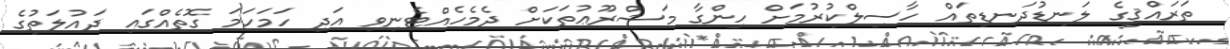
ތަރައްޤީގެ ލަނޑުދަނޑިތައް ހާސިލްކުރުމަށް ހިންގާ މަޝްރޫޢުތަކަށް ދެމެހެއްޓެނިވި އަދި ހަމަހަމަ ގޮތެއްގައި ދައުލަތުގެ